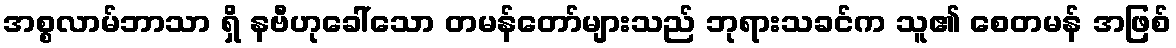
အစ္စလာမ်ဘာသာ ရှိ နဗီဟုခေါ်သော တမန်တော်များသည် ဘုရားသခင်က သူ၏ စေတမန် အဖြစ်